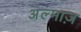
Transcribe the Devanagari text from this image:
अल्माज़